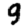
Digit: 9